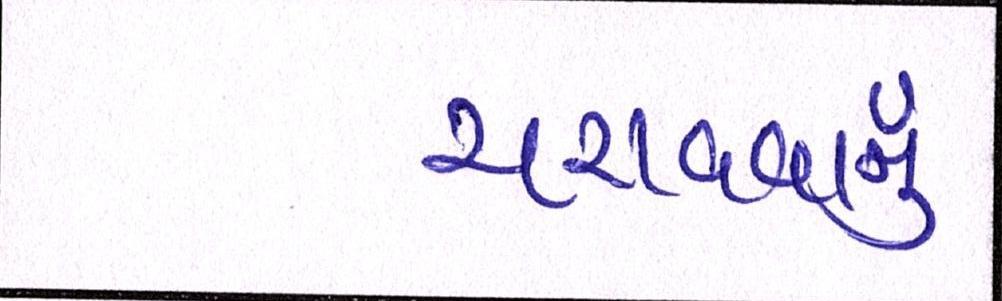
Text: ચરાવવાનુ